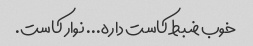
خوب ضبط کاست داره... نوار کاست.